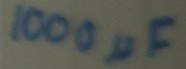
Text: 100µF